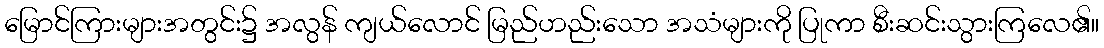
မြောင်ကြားများအတွင်း၌ အလွန် ကျယ်လောင် မြည်ဟည်းသော အသံများကို ပြုကာ စီးဆင်းသွားကြလေ၏။